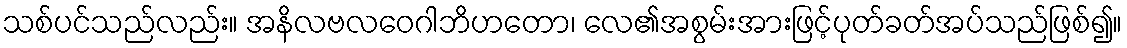
သစ်ပင်သည်လည်း။ အနိလဗလဝေဂါဘိဟတော၊ လေ၏အစွမ်းအားဖြင့်ပုတ်ခတ်အပ်သည်ဖြစ်၍။